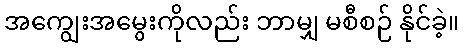
အကျွေးအမွေးကိုလည်း ဘာမျှ မစီစဉ် နိုင်ခဲ့။